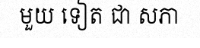
មួយ ទៀត ជា សភា